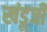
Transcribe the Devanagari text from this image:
खंडूजी